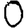
Digit: 0